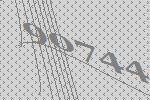
90744